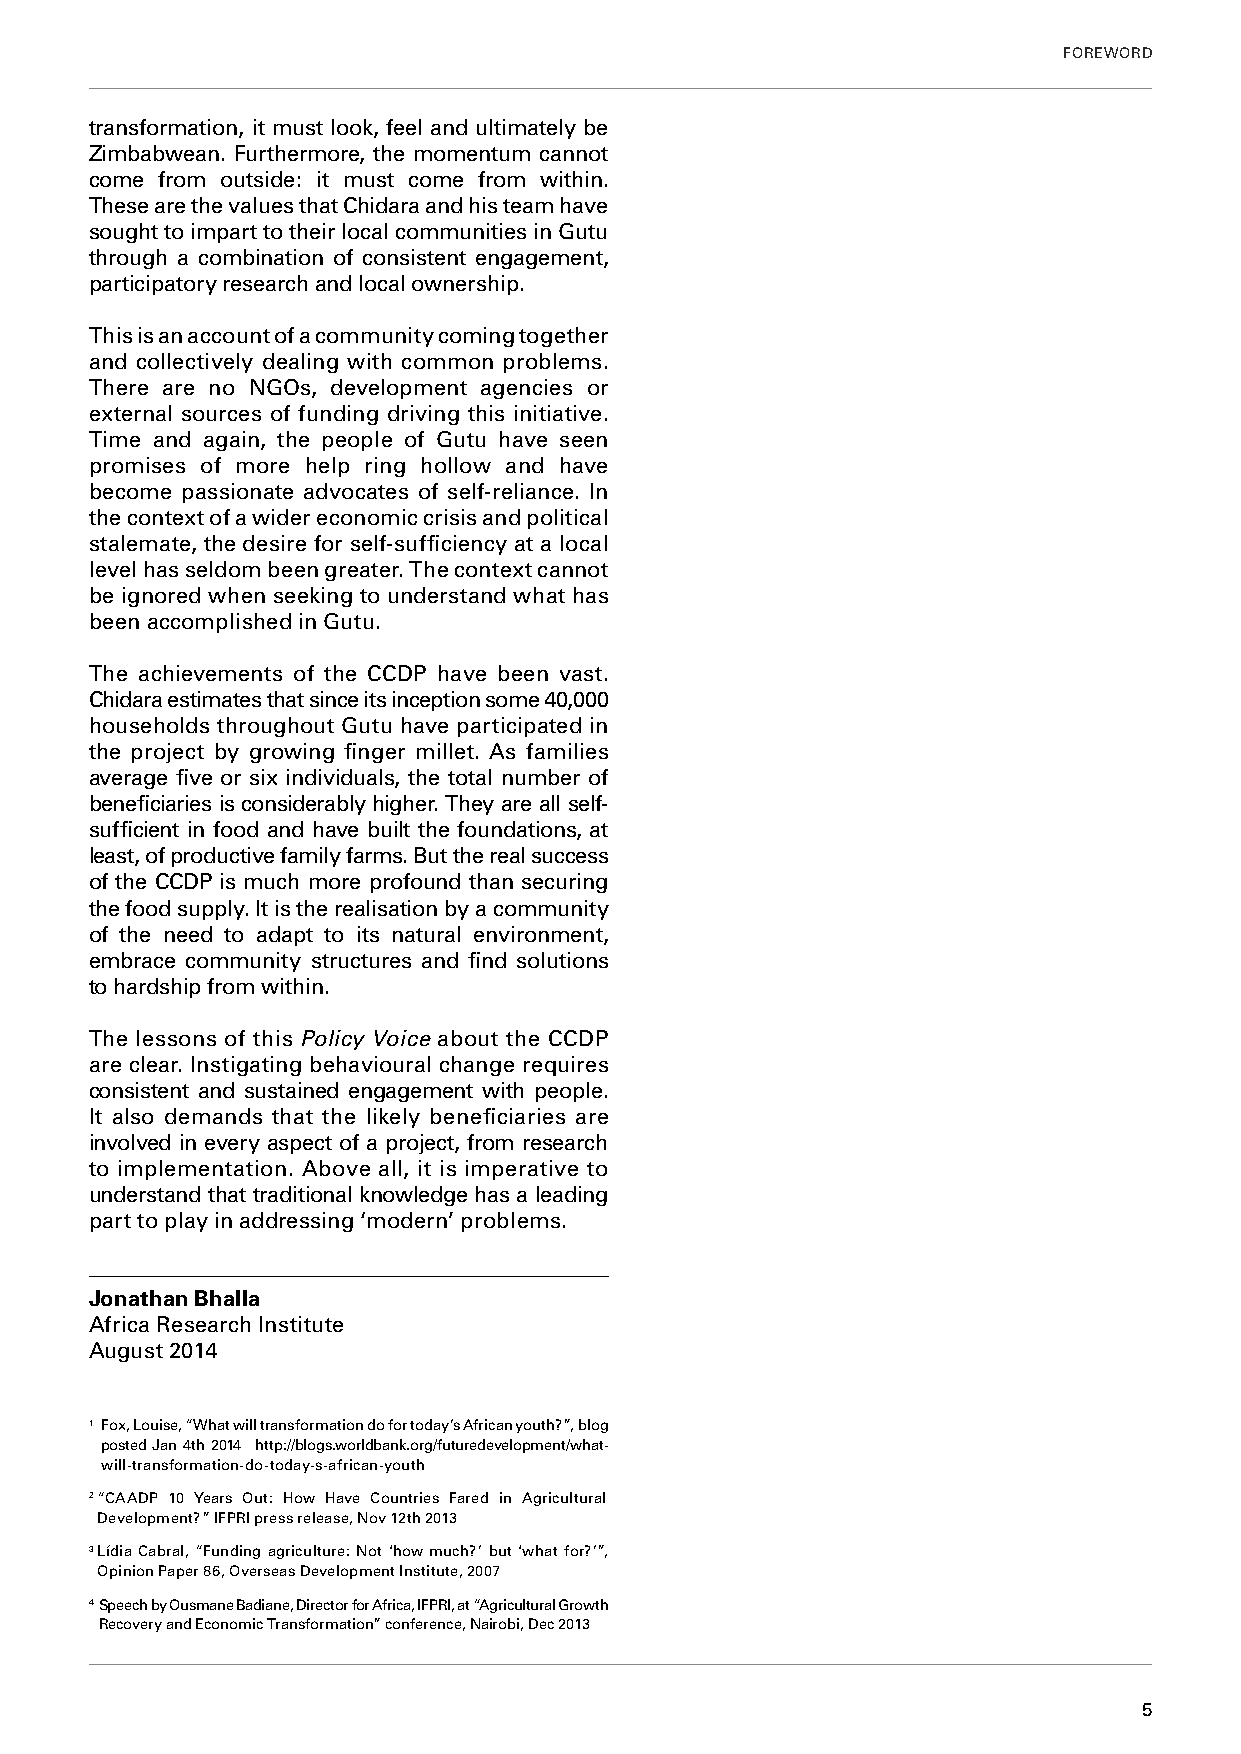
FOREWORD
 transformation, it must look, feel and ultimately be
 Zimbabwean. Furthermore, the momentum cannot
 come from outside: it must come from within.
 These are the values that Chidara and his team have
 sought to impart to their local communities in Gutu
 through a combination of consistent engagement,
 participatory research and local ownership.
 This is an account of a community coming together
 and collectively dealing with common problems.
 There are no NGOs, development agencies or
 external sources of funding driving this initiative.
 Time and again, the people of Gutu have seen
 promises of more help ring hollow and have
 become passionate advocates of self-reliance. In
 the context of a wider economic crisis and political
 stalemate, the desire for self-sufficiency at a local
 level has seldom been greater. The context cannot
 be ignored when seeking to understand what has
 been accomplished in Gutu.
 The achievements of the CCDP have been vast.
 Chidara estimates that since its inception some 40,000
 households throughout Gutu have participated in
 the project by growing finger millet. As families
 average five or six individuals, the total number of
 beneficiaries is considerably higher. They are all self-
 sufficient in food and have built the foundations, at
 least, of productive family farms. But the real success
 of the CCDP is much more profound than securing
 the food supply. It is the realisation by a community
 of the need to adapt to its natural environment,
 embrace community structures and find solutions
 to hardship from within.
 The lessons of this Policy Voice about the CCDP
 are clear. Instigating behavioural change requires
 consistent and sustained engagement with people.
 It also demands that the likely beneficiaries are
 involved in every aspect of a project, from research
 to implementation. Above all, it is imperative to
 understand that traditional knowledge has a leading
 part to play in addressing ‘modern’ problems.
 Jonathan Bhalla
 Africa Research Institute
 August 2014
 1 F ox, Louise, “What will transformation do for today’s African youth?”, blog
 posted Jan 4th 2014 http://blogs.worldbank.org/futuredevelopment/what-
 will-transformation-do-today-s-african-youth
 2 “CAADP 10 Years Out: How Have Countries Fared in Agricultural
 Development?” IFPRI press release, Nov 12th 2013
 3 Lídia Cabral, “Funding agriculture: Not ‘how much?’ but ‘what for?’”,
 Opinion Paper 86, Overseas Development Institute, 2007
 4 Speech by Ousmane Badiane, Director for Africa, IFPRI, at “Agricultural Growth
 Recovery and Economic Transformation” conference, Nairobi, Dec 2013
 5